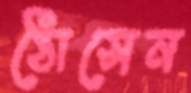
ঠোসেন